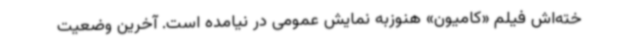
خته‌اش فیلم «کامیون» هنوزبه نمایش عمومی در نیامده است. آخرین وضعیت